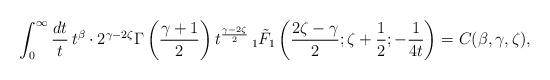
LaTeX: \begin{align*} & \int_0^\infty \frac{dt}{t}\, t^\beta \cdot 2^{\gamma-2\zeta} \Gamma \left(\frac{\gamma+1}{2}\right) t^{\frac{\gamma-2\zeta}{2}} \, _1\tilde{F}_1\left(\frac{2\zeta-\gamma}{2};\zeta+\frac12;-\frac{1}{4t}\right) = C(\beta,\gamma,\zeta), \end{align*}